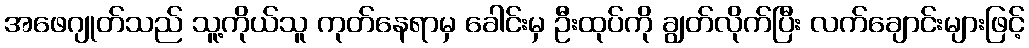
အဖေဂျုတ်သည် သူ့ကိုယ်သူ ကုတ်နေရာမှ ခေါင်းမှ ဦးထုပ်ကို ချွတ်လိုက်ပြီး လက်ချောင်းများဖြင့်